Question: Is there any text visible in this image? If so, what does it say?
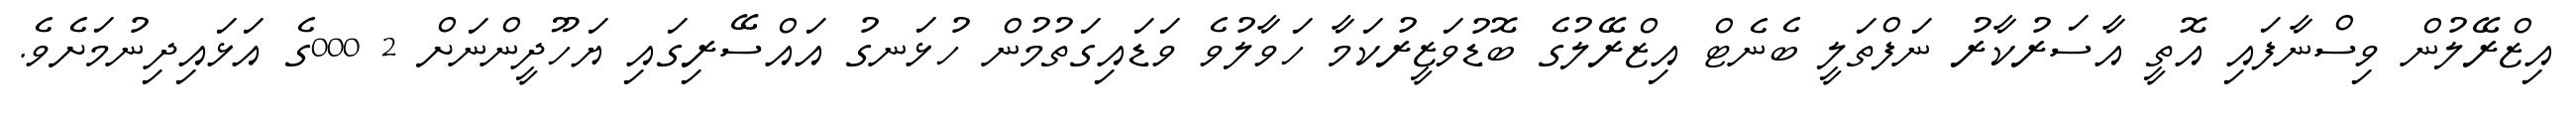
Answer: އިޒްރޭލުން ވިސްނާފައި އޮތީ އާސަރުކާރު ނަފްތަލީ ބެނެޓް އިޒްރޭލުގެ ބޮޑުވަޒީރުކަމާ ހަވާލުވެ ވަޑައިގަތުމުން ހުޅަނގު އައްސޭރިގައި ޔަހޫދީންނަށް 2 000ގެ އަޅައިދިނުމަށެވެ.